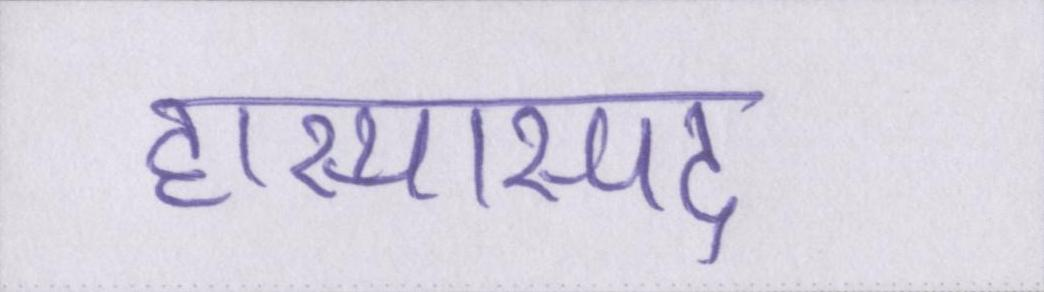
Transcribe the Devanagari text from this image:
हास्यास्पद